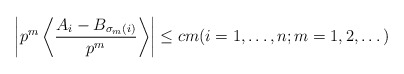
\begin{align*}\left| p^m \left\langle \frac{A_i - B_{\sigma_m(i)}}{p^m} \right\rangle \right| \leq cm (i=1,\dots,n; m=1,2,\dots) \end{align*}